Annual administration and progress report of the Indian Medical Department, Bombay
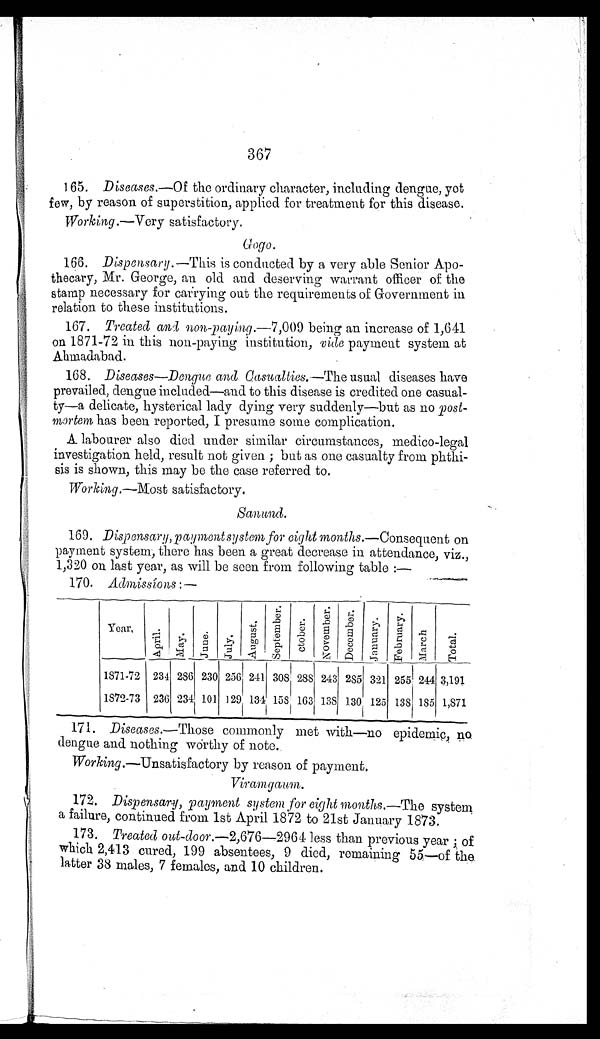
367
165. Diseases.—Of the ordinary character, including dengue, yet
few, by reason of superstition, applied for treatment for this disease.
Working .--Very satisfactory.
166. Dispensary.—This is conducted by a very able Senior Apo-
thecary, Mr. George, an old and deserving warrant officer of the
stamp necessary for carrying out the requirements of Government in
relation to these institutions.
167. Treated and non-paying .-7 ,000 being an increase of 1,641
on 1871-72 in this non-paying institution, vide payment system at
Ahmadabad.
168. Diseases—Dengue and Casualties.—The usual diseases have
prevailed,dengue denue included—and to this disease is credited one casual-
ty—a delicate, hysterical lady dying very suddenly—but as no post-
mortem, has been reported, I presume some complication.
A labourer also died under similar circumstances, medico-legal
investigation held, result not given ; but as one casualty from
p h t h i - s i s i s s h o w n , t h i s m a y b e t h e c a s e r e f e r r e d t o .
Working.—Most satisfactory.
Sanund.
169. Dispensary, payment system for eight months.—Consequent on
payment system, there has been a great decrease in attendance, viz.,
1,320 on last year, as will be seen from following table :-
170. Admissions :—
Year.
A p r i l
May. .
June. July.
A u g u s t .
Se pt e mbe r .
O c t o b e r .
N o v e m b e r . .
D e c e m b e r .
J a n u a r y .
F e b r u a r y .
M a r c h .
T o t a l .
1871-72 234 286 230 2561 241 308 288 243 285 321 255 244 3,191
1872-73 236 234 101 129 134 158 163 138 130 125 138 185 1,871
171. Diseases.—Those commonly met with—no epidemic, no
dengue and nothing worthy of note.
Working.—Unsatisfactory by reason of payment.
Viramgaum.
172. Dispensary, payment system for eight months.—The system
a failure, continued from 1st April 1872 to 21st January 1873.
173. Treated out-door.—2,676—2964 less than previous year ; of
which 2,413 cured, 199 absentees, 9 died, remaining 55—of the
latter 38 males, 7 females, and 10 children.